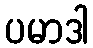
ပမာဒါ